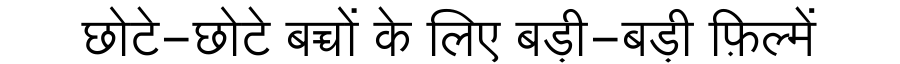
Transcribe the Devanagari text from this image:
छोटे-छोटे बच्चों के लिए बड़ी-बड़ी फ़िल्में